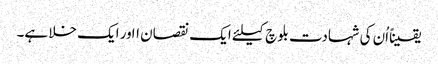
یقیناًاُن کی شہادت بلوچ کیلئے ایک نقصان ااور ایک خلا ہے۔